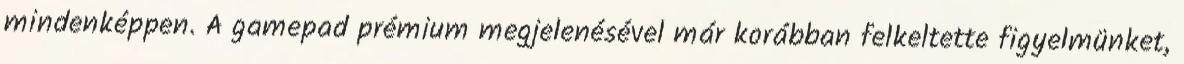
mindenképpen. A gamepad prémium megjelenésével már korábban felkeltette figyelmünket,